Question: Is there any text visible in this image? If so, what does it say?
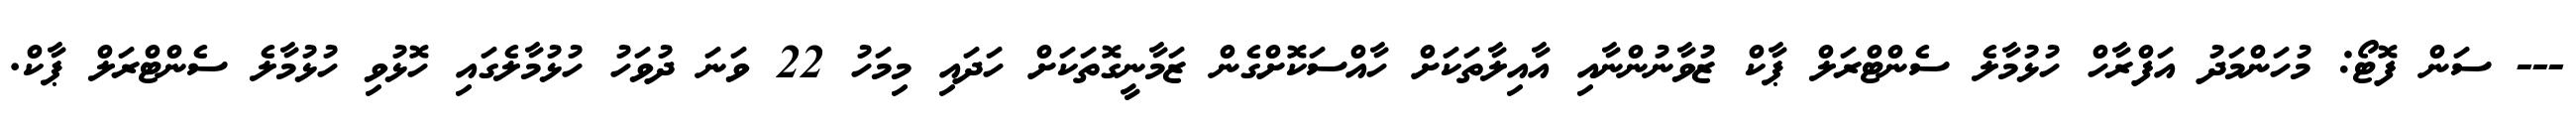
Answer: --- ސަން ފޮޓޯ: މުހަންމަދު އަފްރާހް ހުޅުމާލެ ސެންޓްރަލް ޕާކް ޒުވާނުންނާއި އާއިލާތަކަށް ހާއްސަކޮށްގެން ޒަމާނީގޮތަކަށް ހަދައި މިމަހު 22 ވަނަ ދުވަހު ހުޅުމާލެގައި ހޮޅުވި ހުޅުމާލެ ސެންޓްރަލް ޕާކް.